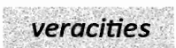
veracities